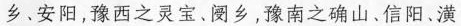
乡、安阳，豫西之灵宝，阌乡，豫南之确山、信阳、潢